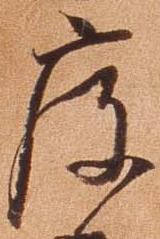
度